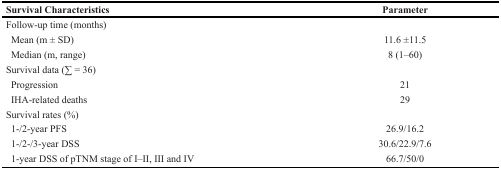
<table><thead><tr><td><b>Survival Characteristics</b></td><td><b>Parameter</b></td></tr></thead><tbody><tr><td>Follow-up time (months)</td><td></td></tr><tr><td> Mean (m ± SD)</td><td>11.6 ±11.5</td></tr><tr><td> Median (m, range)</td><td>8 (1–60)</td></tr><tr><td>Survival data (∑ = 36)</td><td></td></tr><tr><td> Progression</td><td>21</td></tr><tr><td> IHA-related deaths</td><td>29</td></tr><tr><td>Survival rates (%)</td><td></td></tr><tr><td> 1-/2-year PFS</td><td>26.9/16.2</td></tr><tr><td> 1-/2-/3-year DSS</td><td>30.6/22.9/7.6</td></tr><tr><td> 1-year DSS of pTNM stage of I–II, III and IV</td><td>66.7/50/0</td></tr></tbody></table>